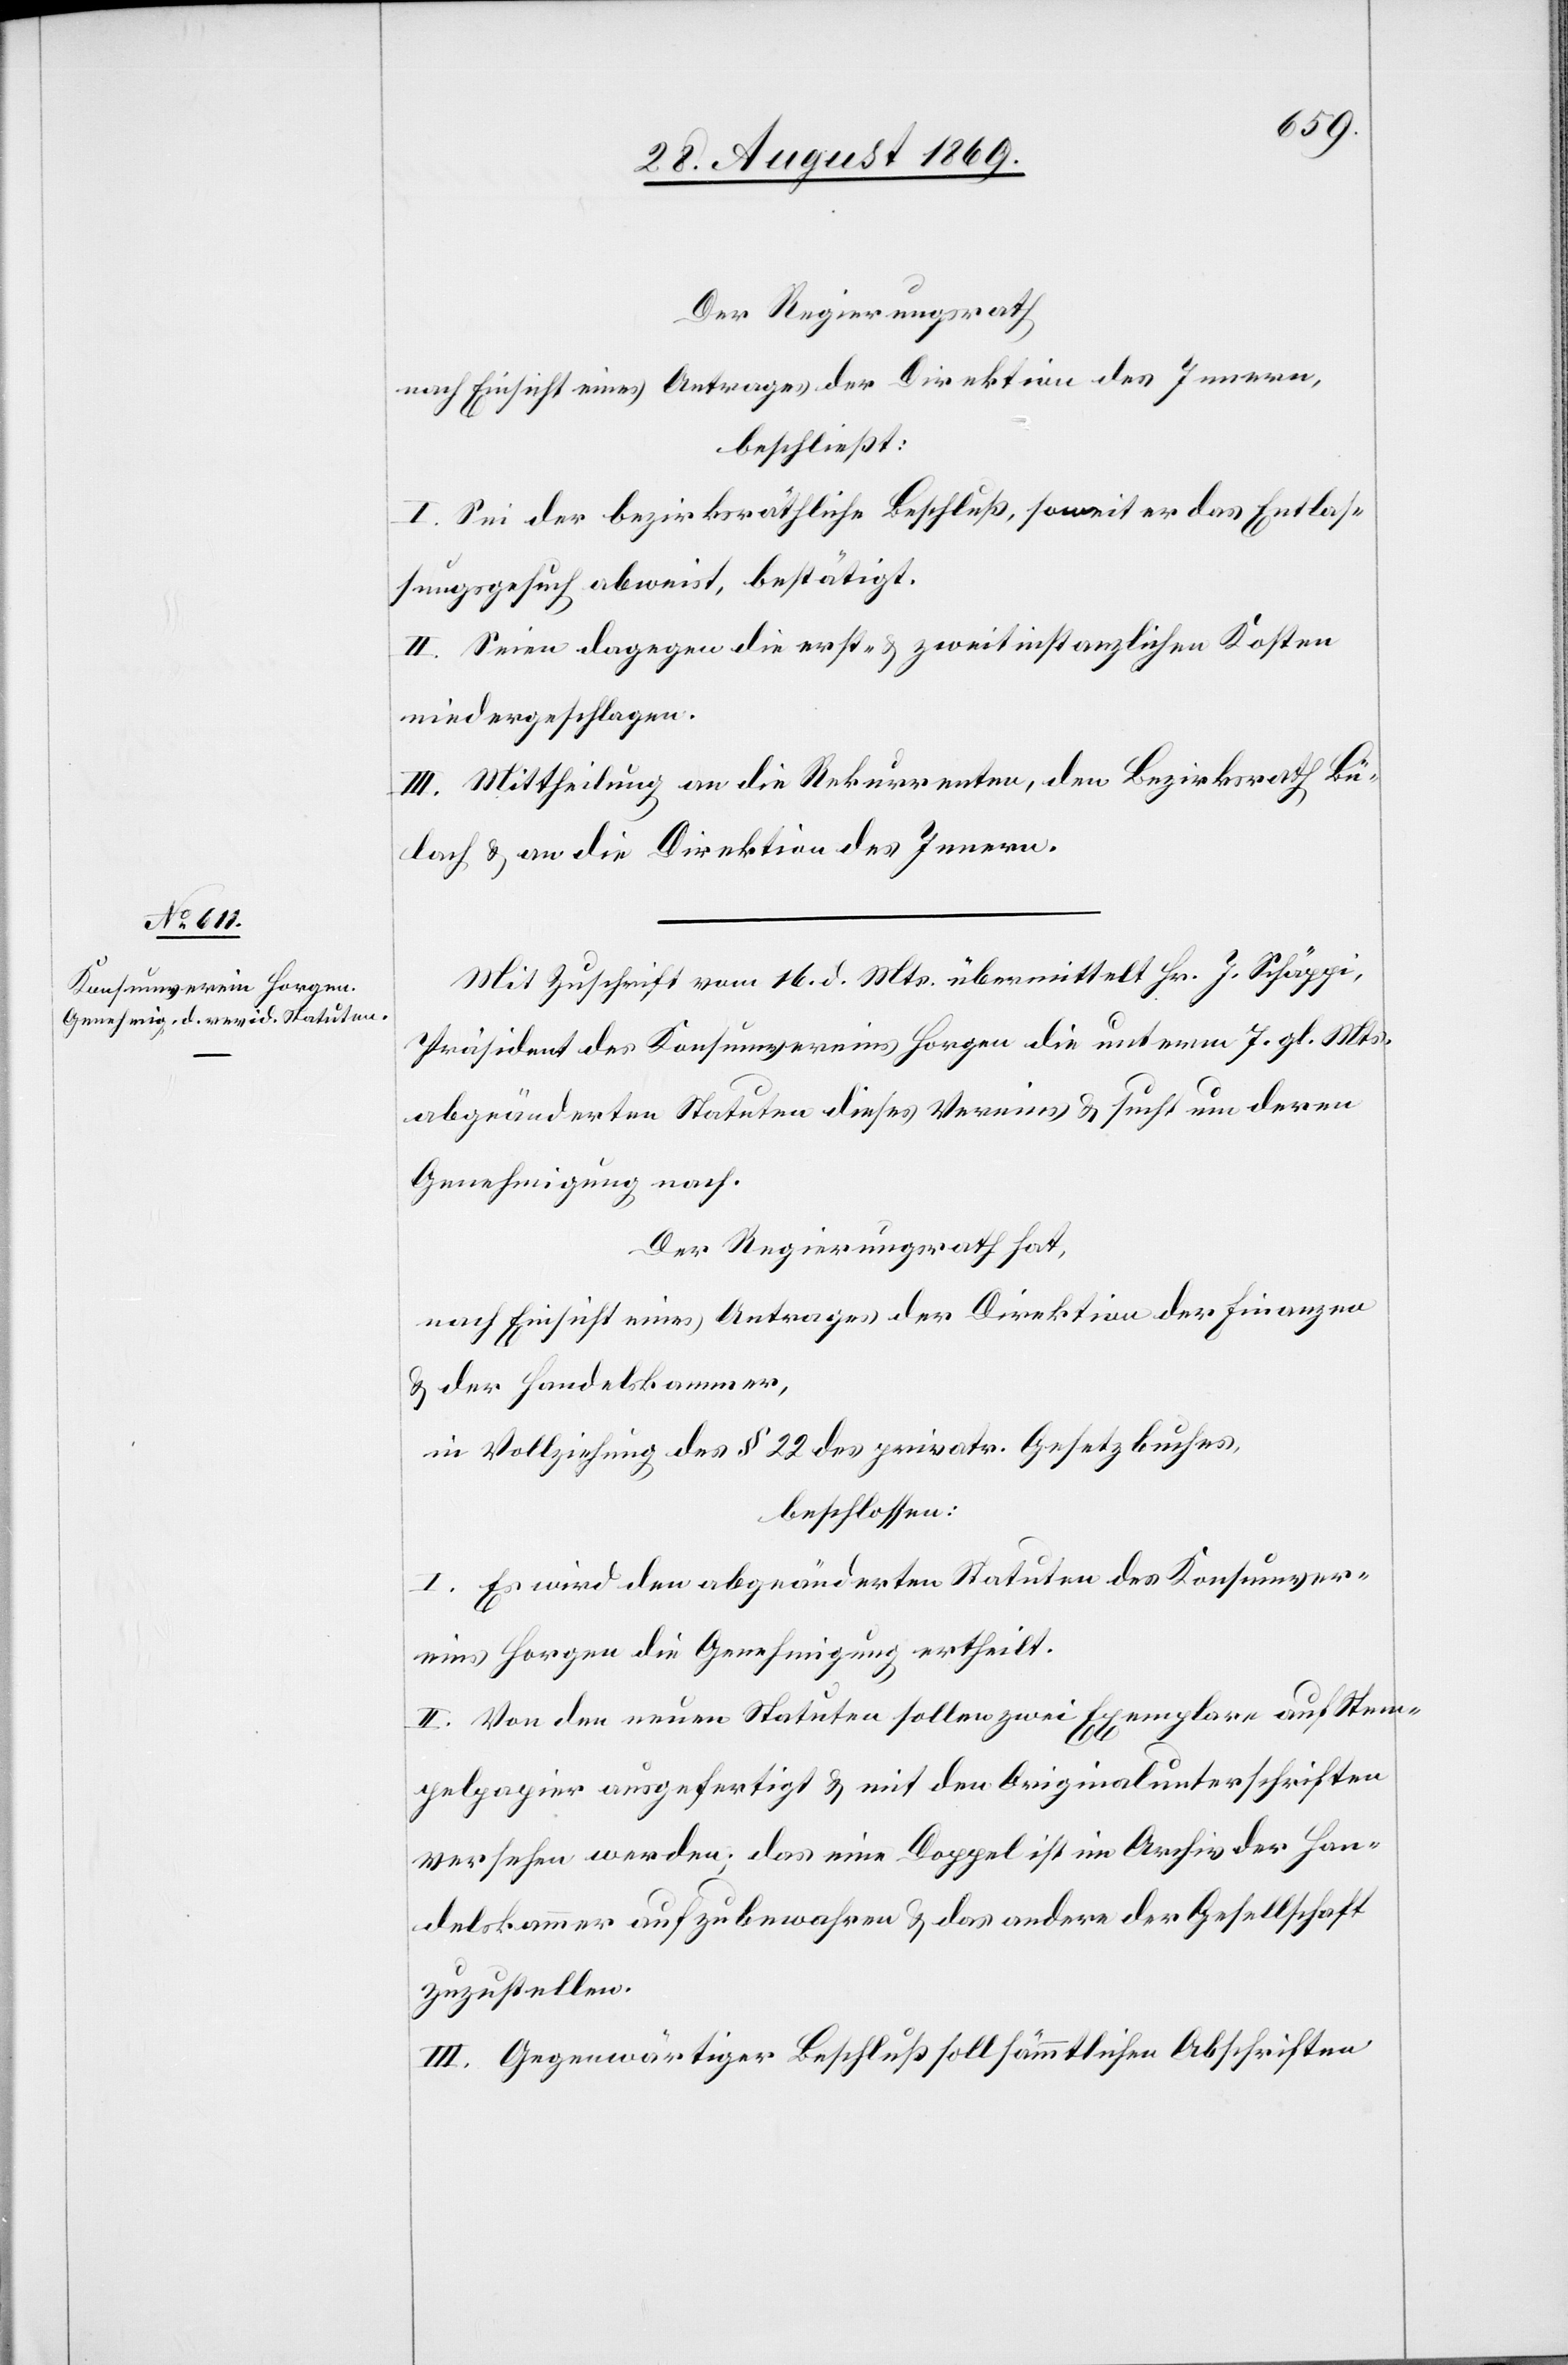
Der Regierungsrath
nach Einsicht eines Antrages der Direktion des Innern,
beschließt:
I. Sei der bezirksräthliche Beschluß, soweit er das Entlas¬
sungsgesuch abweist, bestätigt.
II. Seien dagegen die erst- & zweitinstanzlichen Kosten
niedergeschlagen.
III. Mittheilung an die Rekurrenten, den Bezirksrath Bü¬
lach & an die Direktion des Innern.
Mit Zuschrift vom 16. d. Mts. übermittelt Hr. J. Schäppi,
Präsident des Konsumvereins Horgen die unterm 7. gl. Mts.
abgeänderten Statuten dieses Vereins & sucht um deren
Genehmigung nach.
Der Regierungsrath hat,
nach Einsicht eines Antrages der Direktion der Finanzen
& der Handelskammer,
in Vollziehung des § 22 des privatr. Gesetzbuches,
beschlossen:
I. Es wird den abgeänderten Statuten des Konsumver¬
eins Horgen die Genehmigung ertheilt.
II. Von den neuen Statuten sollen zwei Exemplare auf Stem¬
pelpapier ausgefertigt & mit den Originalunterschriften
versehen werden; das eine Doppel ist im Archiv der Han¬
delskammer aufzubewahren & das andere der Gesellschaft
zuzustellen.
III. Gegenwärtiger Beschluß soll sämmtlichen Abschriften